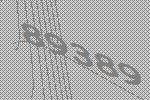
89389